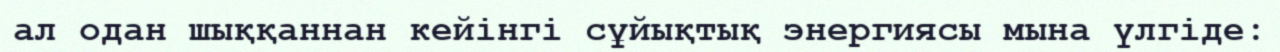
ал одан шыққаннан кейінгі сұйықтық энергиясы мына үлгіде: